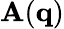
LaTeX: \mathbf{A}(\mathbf{q})